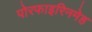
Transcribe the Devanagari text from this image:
पोरफाइरिनमेह